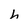
Character: h